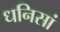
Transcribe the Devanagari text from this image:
धनिसां